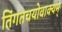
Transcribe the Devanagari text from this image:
तिंगंतचयोवाक्यम्